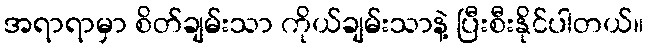
အရာရာမှာ စိတ်ချမ်းသာ ကိုယ်ချမ်းသာနဲ့ ပြီးစီးနိုင်ပါတယ်။